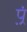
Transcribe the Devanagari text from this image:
प़्रं